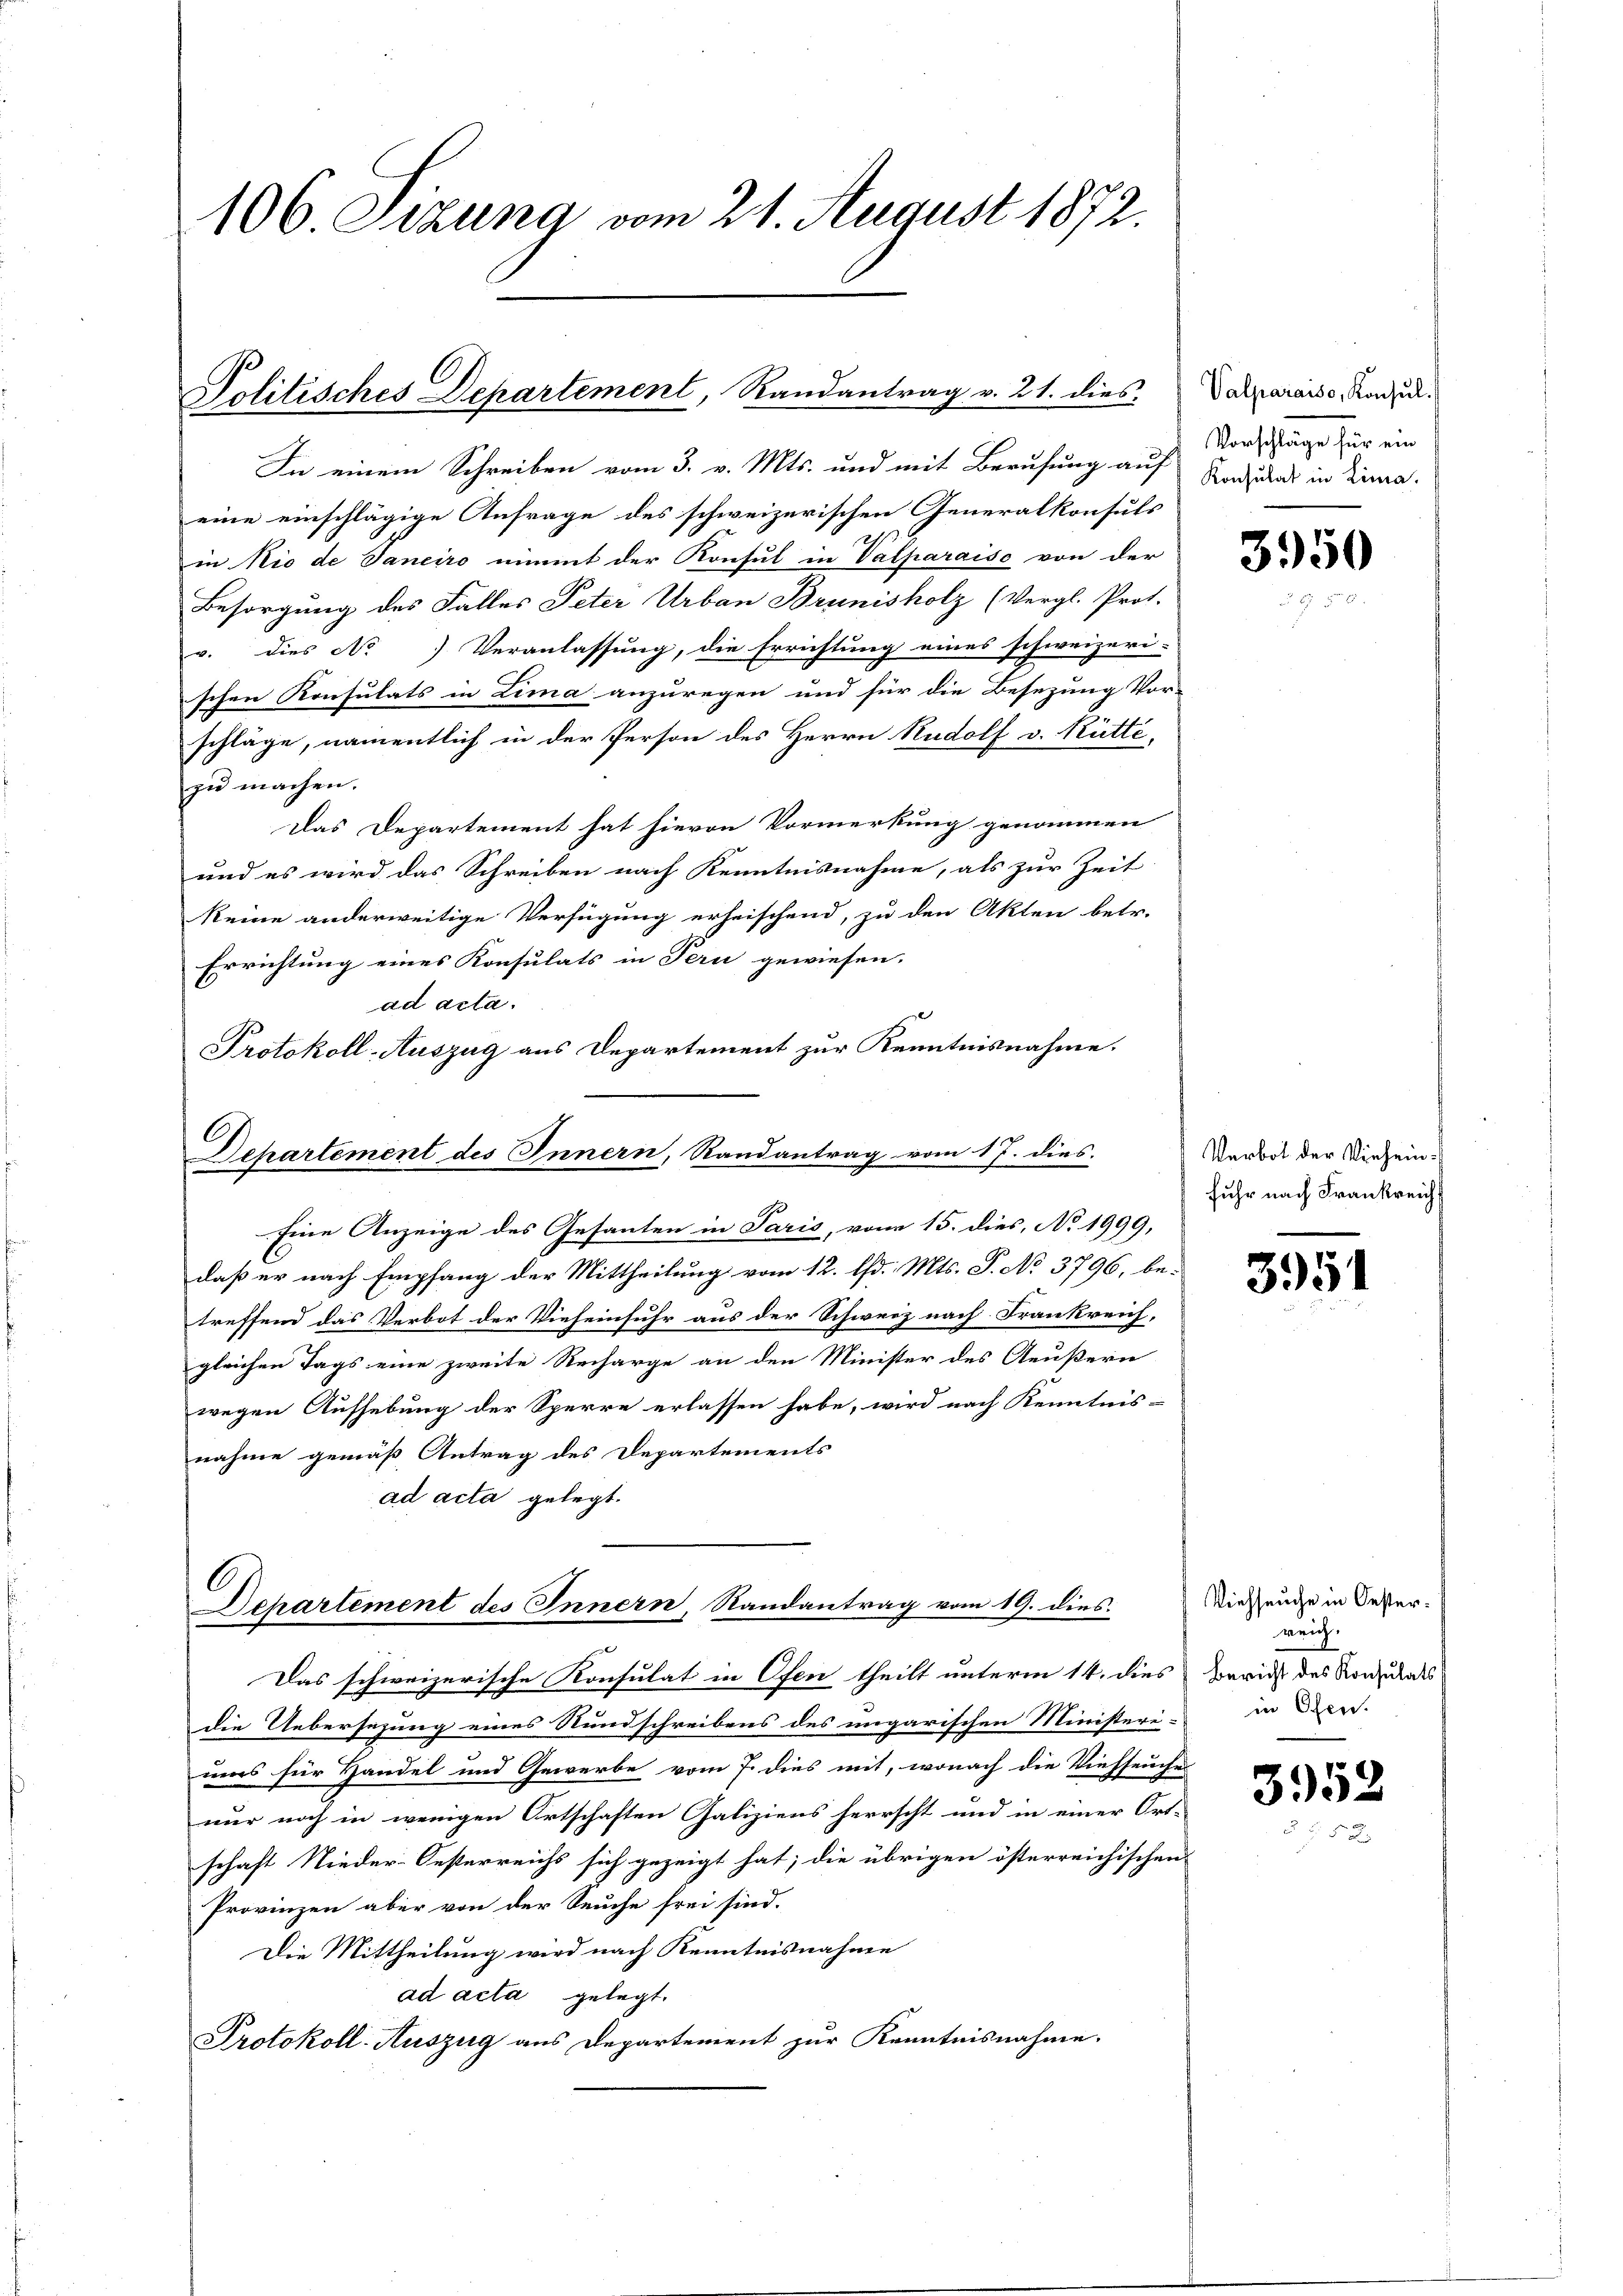
106. Sekung vom 21. August 1872.

Politisches Departement, Randantrag v. 21. dies

In einem Schreiben vom 3. v. Mts. und mit Berufung auf
eine einschlägige Anfrage des schweizerischen Generalkonsuls
in Rio de Janeiro nimmt der Konsul in Valparaiso von der
Besorgung des Falles Peter Urban Brunisholz (Vergl. Prot.
r. dies No Veranlassung, die Errichtung eines schweizeri-
schen Konsulats in Lima anzuregen und für die Besezung Vor-
schläge, namentlich in der Person des Herrn Rudolf v. Rütte,
zu machen.
Das Departement hat hievon Vormerkung genommen
und es wird das Schreiben nach Kenntnisnahme, als zur Zeit
keine anderweitige Verfügung erheischend, zu den Akten betr.
Errichtung eines Konsulats in Peri gewiesen.
ad acta.
Protokoll-Auszug aus Departement zur Kenntnisnahme.

C
Departement des Innern, Randantrag vom 17. dies
Eine Anzeige des Gesanten in Paris, vom 15. dies, No 1999,

Departement des Innern, Randantrag vom 19. dies

Valparaiso, Konsul
Vorschläge für ein
Konsulat in Lima.

daß er nach Empfang der Mittheilung vom 12. lfd. Mts. S. No 3796, betreffend das Verbot der Vieheinfuhr aus der Schweiz nach Frankreich,
gleichen Tags eine zweite Recharge an den Minister des Aeußern
wegen Aufhebung der Sperre erlassen habe, wird nach Kenntnis-
nahme gemäß Antrag des Departements
ad acta gelegt.

Das schweizerische Konsulat in Ofen theilt unterm 14. dies Vorricht des Nordats
die Uebersezung eines Rundschreibens des ungarischen Ministeri in den
ums für Handel und Gewerbe vom 7. dies mit, wonach die Viehseuche
nur noch in wenigen Ortschaften Galiziens herrscht und in einer Ort-
schaft Nieder-Oesterreichs sich gezeigt hat; die übrigen österreichischen
Provinzen aber von der Seuche frei sind.
Die Mittheilung wird nach Kenntnisnahme
ad acta gelegt.
Protokoll-Auszug aus Departement zur Kenntnisnahme.

3950

Verbot der Viehein.
fuhr nach Frankreich

3951

Viehseuche in Oesterreich.

3952